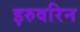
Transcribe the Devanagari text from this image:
इरुवरिन